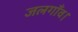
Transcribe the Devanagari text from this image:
जलगाँव।